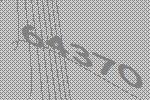
64370